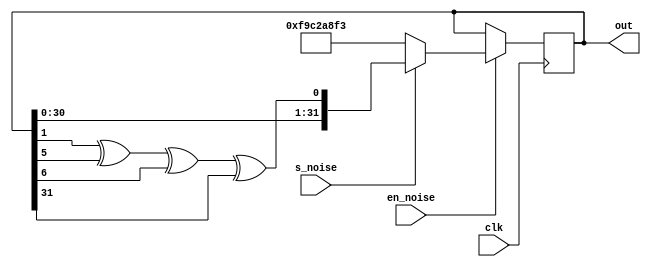
module datapath_noise(
    input clk,
    input en_noise,
    input s_noise,
    output reg [31:0] out
    );

    always @(posedge clk)
        if (en_noise)
            if (s_noise)
                out <= {out[30:0], out[1] ^ out[5] ^ out[6] ^ out[31]};
            else
                out <= 32'd4190284019;

endmodule